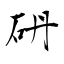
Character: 砃